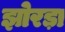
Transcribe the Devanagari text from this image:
झोरड़ा